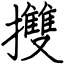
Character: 㩳